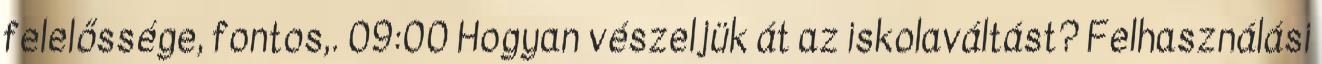
felelőssége, fontos,. 09:00 Hogyan vészeljük át az iskolaváltást? Felhasználási